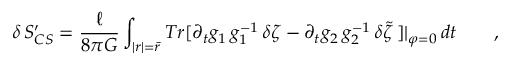
\delta \, S _ { C S } ^ { \prime } = \frac \ell { 8 \pi G } \int _ { | r | = \bar { r } } T r [ \partial _ { t } g _ { 1 } \, g _ { 1 } ^ { - 1 } \, \delta \zeta - \partial _ { t } g _ { 2 } \, g _ { 2 } ^ { - 1 } \, \delta \tilde { \zeta } \, ] | _ { \varphi = 0 } \, d t \qquad ,